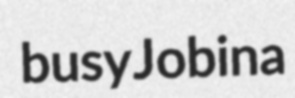
busy Jobina